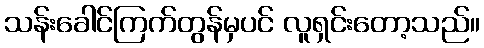
သန်းခေါင်ကြက်တွန်မှပင် လူရှင်းတော့သည်။